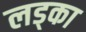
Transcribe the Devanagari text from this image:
लड्का